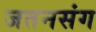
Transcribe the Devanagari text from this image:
जतनसंग